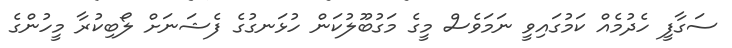
ސަގާފީ ހެދުމެއް ކަމުގައިވީ ނަމަވެސް މީގެ މަގުބޫލުކަން ހުޅަނގުގެ ފެޝަނަށް ލޯބިކުރާ މީހުންގެ